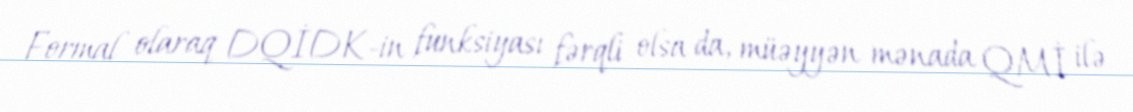
Formal olaraq DQİDK-in funksiyası fərqli olsa da, müəyyən mənada QMİ ilə